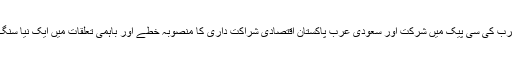
سابق سیکرٹری اطلاعات کا کہنا تھا کہ سعودی عرب کی سی پیک میں شرکت اور سعودی عرب پاکستان اقتصادی شراکت داری کا منصوبہ خطے اور باہمی تعلقات میں ایک نیا سنگ میل ہے جس کے دوررس اثرات مرتب ہوں گے۔